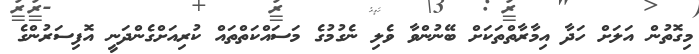
މިގޮތުން އަލަށް ހަދާ އިމާރާތްތަކަށް ބޭނުންވާ ވެލި ނެގުމުގެ މަސައްކަތްތައް ކުރިއަށްގެންދަނީ އޮފިސަރުންގެ